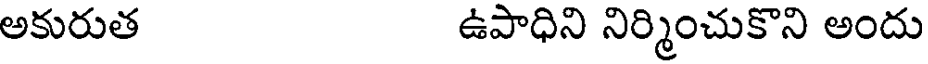
అకురుత ఉపాధిని నిర్మించుకొని అందు